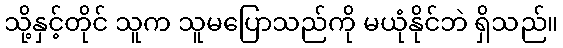
သို့နှင့်တိုင် သူက သူမပြောသည်ကို မယုံနိုင်ဘဲ ရှိသည်။